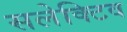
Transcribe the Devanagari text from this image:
सलेक्टिव